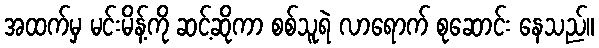
အထက်မှ မင်းမိန့်ကို ဆင့်ဆိုကာ စစ်သူရဲ လာရောက် စုဆောင်း နေသည်။